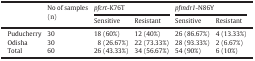
<table><thead><tr><td></td><td><b>No of samples (n)</b></td><td colspan="2"><b><i>pfcrt</i>-K76T</b></td><td colspan="2"><b><i>pfmdr1</i>-N86Y</b></td></tr><tr><td><b>Sensitive</b></td><td><b>Resistant</b></td><td><b>Sensitive</b></td><td><b>Resistant</b></td></tr></thead><tbody><tr><td>Puducherry</td><td>30</td><td>18 (60%)</td><td>12 (40%)</td><td>26 (86.67%)</td><td>4 (13.33%)</td></tr><tr><td>Odisha</td><td>30</td><td>8 (26.67%)</td><td>22 (73.33%)</td><td>28 (93.33%)</td><td>2 (6.67%)</td></tr><tr><td>Total</td><td>60</td><td>26 (43.33%)</td><td>34 (56.67%)</td><td>54 (90%)</td><td>6 (10%)</td></tr></tbody></table>